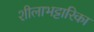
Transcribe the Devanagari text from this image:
शीलाभट्टारिका